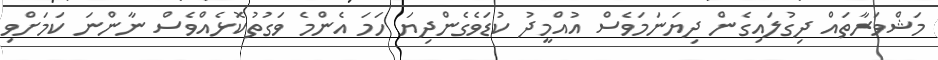
މަޝްވަރާތައް ދިގުލައިގެން ދިޔަނަމަވެސް އުއްމީދު ކުޑަވެގެންދިޔަ ހަމަ އެންމެ ވަގުތުކޮޅެއްވެސް ނާންނަ ކަމަށްވި